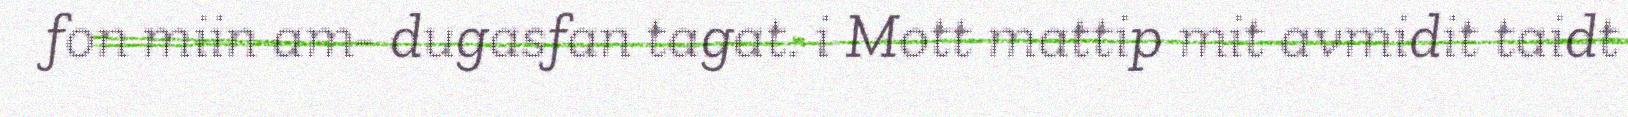
fon miin am- dugasfan tagat. i Mott mattip mit avmidit taidt